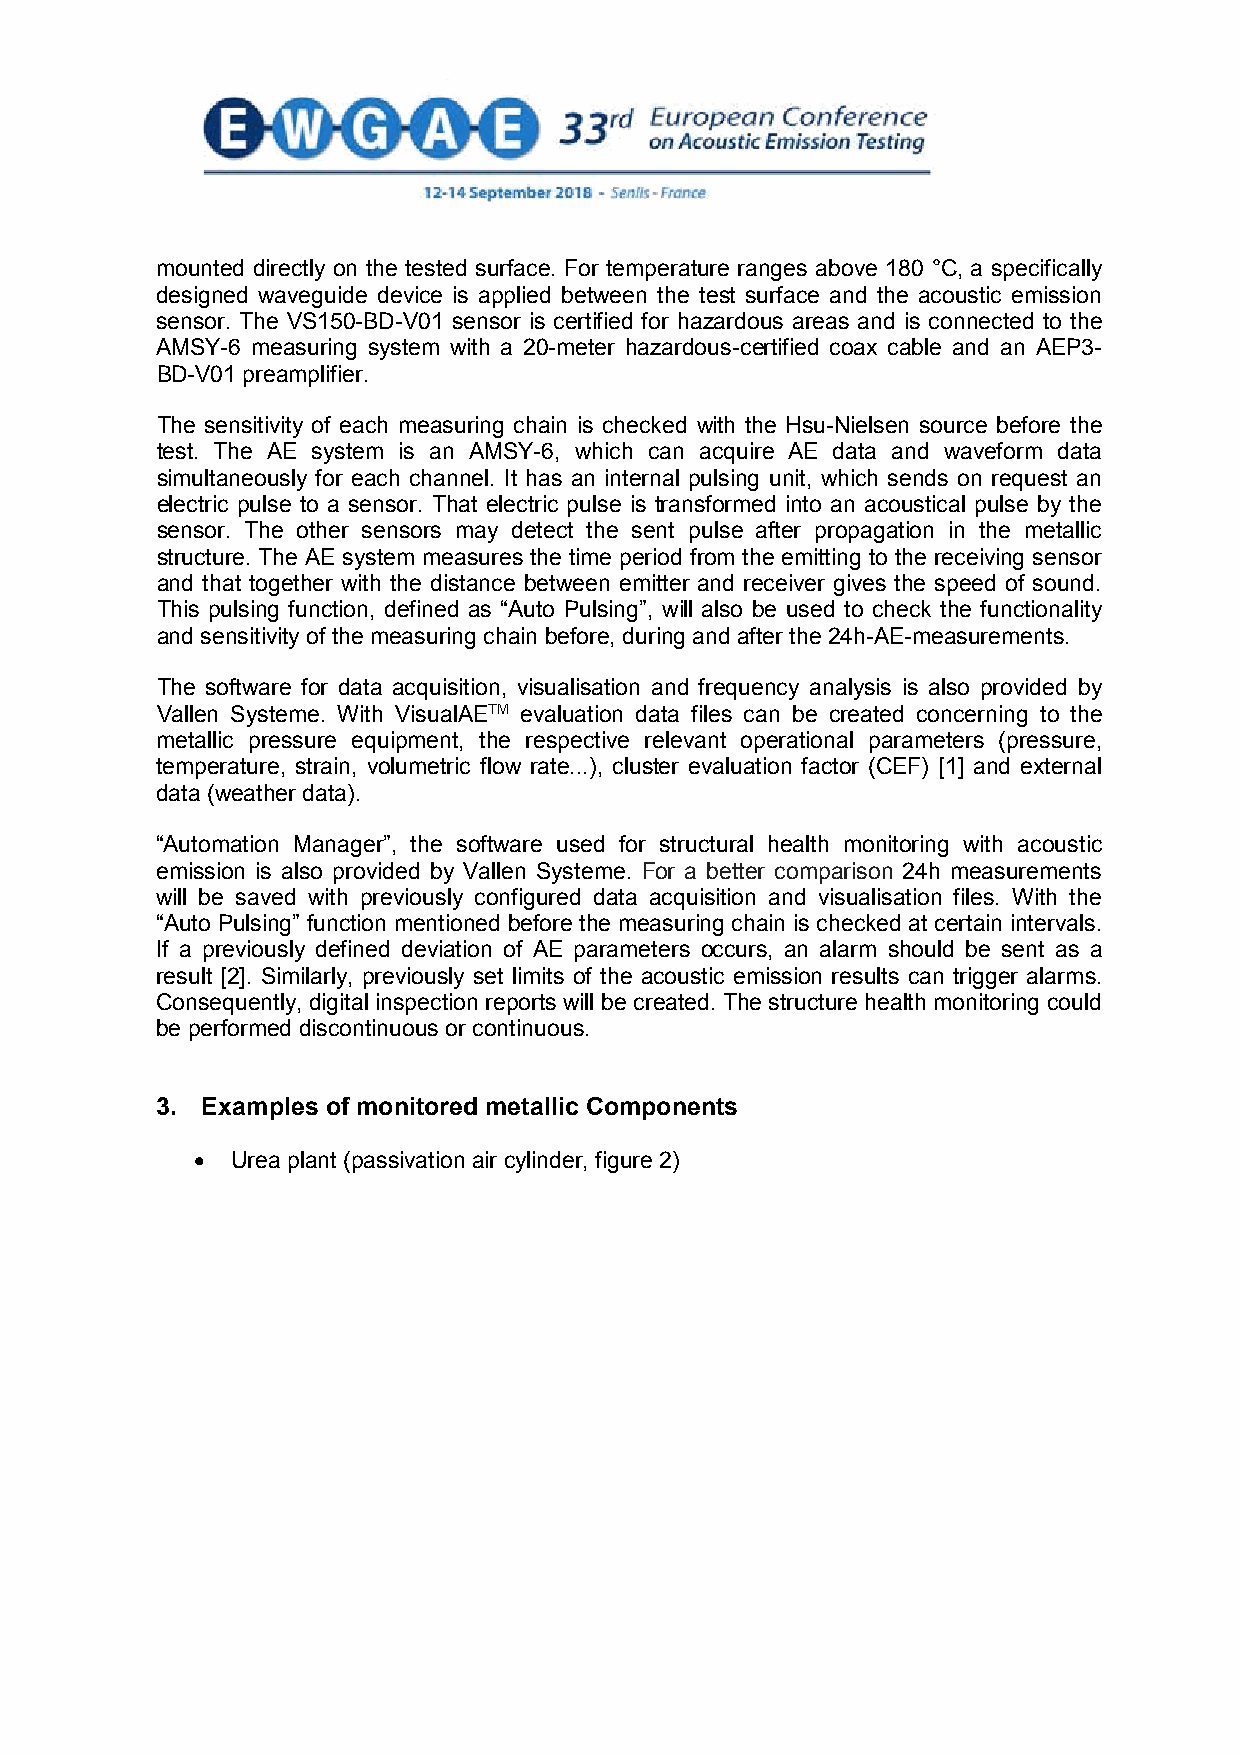
mounted directly on the tested surface. For temperature ranges above 180 °C, a specifically
 designed waveguide device is applied between the test surface and the acoustic emission
 sensor. The VS150-BD-V01 sensor is certified for hazardous areas and is connected to the
 AMSY-6 measuring system with a 20-meter hazardous-certified coax cable and an AEP3-
 BD-V01 preamplifier.
 The sensitivity of each measuring chain is checked with the Hsu-Nielsen source before the
 test. The AE system is an AMSY-6, which can acquire AE data and waveform data
 simultaneously for each channel. It has an internal pulsing unit, which sends on request an
 electric pulse to a sensor. That electric pulse is transformed into an acoustical pulse by the
 sensor. The other sensors may detect the sent pulse after propagation in the metallic
 structure. The AE system measures the time period from the emitting to the receiving sensor
 and that together with the distance between emitter and receiver gives the speed of sound.
 This pulsing function, defined as “Auto Pulsing”, will also be used to check the functionality
 and sensitivity of the measuring chain before, during and after the 24h-AE-measurements.
 The software for data acquisition, visualisation and frequency analysis is also provided by
 Vallen Systeme. With VisualAETM evaluation data files can be created concerning to the
 metallic pressure equipment, the respective relevant operational parameters (pressure,
 temperature, strain, volumetric flow rate...), cluster evaluation factor (CEF) [1] and external
 data (weather data).
 “Automation Manager”, the software used for structural health monitoring with acoustic
 emission is also provided by Vallen Systeme. For a better comparison 24h measurements
 will be saved with previously configured data acquisition and visualisation files. With the
 “Auto Pulsing” function mentioned before the measuring chain is checked at certain intervals.
 If a previously defined deviation of AE parameters occurs, an alarm should be sent as a
 result [2]. Similarly, previously set limits of the acoustic emission results can trigger alarms.
 Consequently, digital inspection reports will be created. The structure health monitoring could
 be performed discontinuous or continuous.
 3. Examples of monitored metallic Components
 • Urea plant (passivation air cylinder, figure 2)
 3